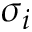
\sigma _ { i }